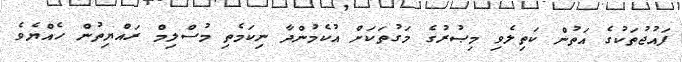
ފައުޖުތަކުގެ އަތުން ކަތިލެވި މިޞުރުގެ މަގުތަކަށް އުކެމުންދާ ނިކަމެތި މުސްލިމް ރައްޔިތުން ހެއްޔެވެ